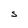
Character: S